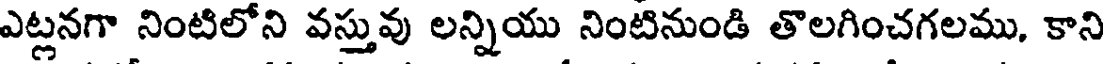
ఎట్లనగా నింటిలోని వస్తువు లన్నియు నింటినుండి తొలగించగలము, కాని